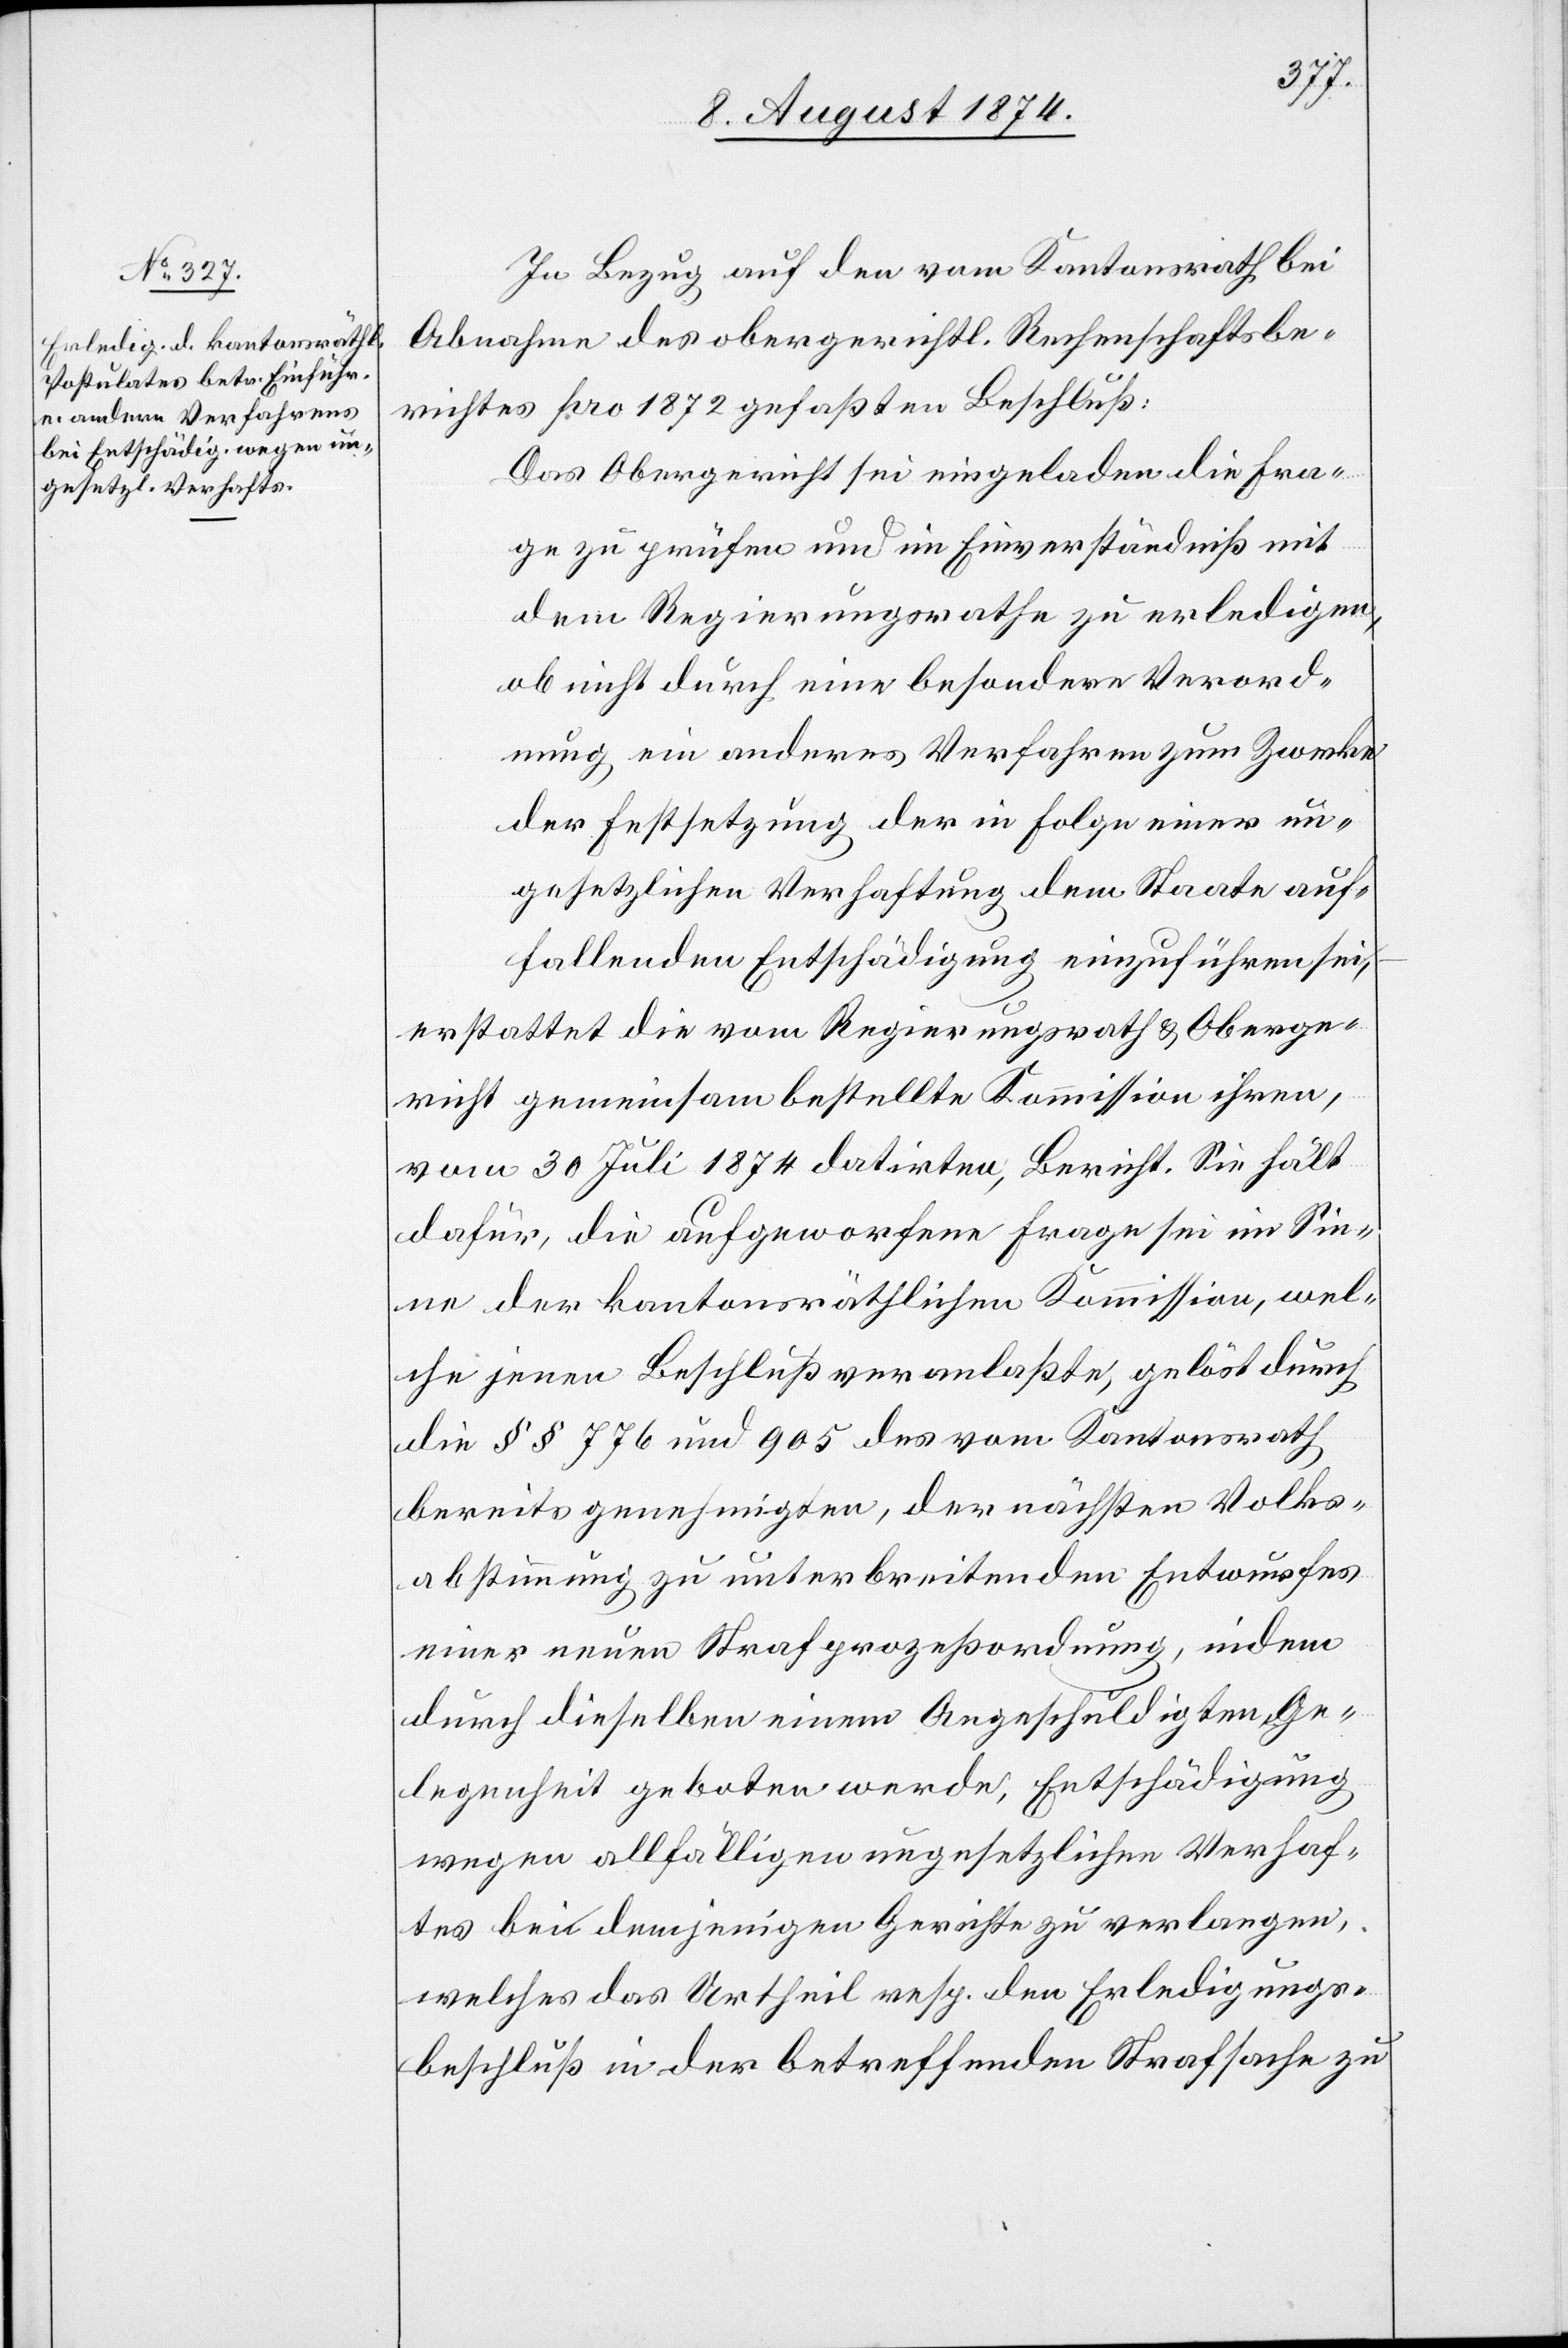
In Bezug auf den vom Kantonsrath bei
Abnahme des obergerichtl. Rechenschaftsbe¬
richtes pro 1872 gefaßten Beschluß:
Das Obergericht sei eingeladen die Fra¬
ge zu prüfen und im Einverständniß mit
dem Regierungsrathe zu erledigen,
ob nicht durch eine besondere Verord¬
nung ein anderes Verfahren zum Zwecke
der Festsetzung der in Folge einer un¬
gesetzlichen Verhaftung dem Staate auf¬
fallenden Entschädigung einzuführen sei,
erstattet die vom Regierungsrath u. Oberge¬
richt gemeinsam bestellte Kommission ihren,
vom 30. Juli 1874 datirten Bericht. Sie hält
dafür, die aufgeworfene Frage sei im Sin¬
ne der kantonsräthlichen Kommission, wel¬
che jenen Beschluß veranlaßte, gelöst durch
die §§ 776 und 905 des vom Kantonsrath
bereits genehmigten, der nächsten Volks¬
abstimmung zu unterbreitenden Entwurfes
einer neuen Strafprozeßordnung, indem
durch dieselben einem Angeschuldigten Ge¬
legenheit geboten werde, Entschädigung
wegen allfälligen ungesetzlichen Verhaf¬
tes bei demjenigen Gerichte zu verlangen,
welches das Urtheil resp. den Erledigungs¬
beschluß in der betreffenden Strafsache zu